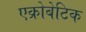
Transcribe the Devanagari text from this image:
एक्रोबेटिक